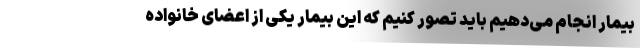
بیمار انجام می‌دهیم باید تصور کنیم که این بیمار یکی از اعضای خانواده